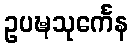
ဥပဍ္ဎသုင်္ကေန